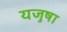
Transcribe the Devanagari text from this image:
यजुषा